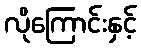
လိုကြောင်းနှင့်